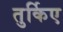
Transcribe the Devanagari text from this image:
तुर्किए